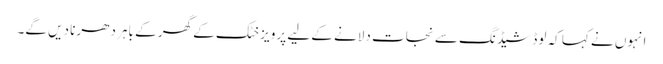
انہوں نے کہا کہ لوڈ شیڈنگ سے نجات دلانے کے لیے پرویز خٹک کے گھر کے باہر دھرنا دیں گے۔